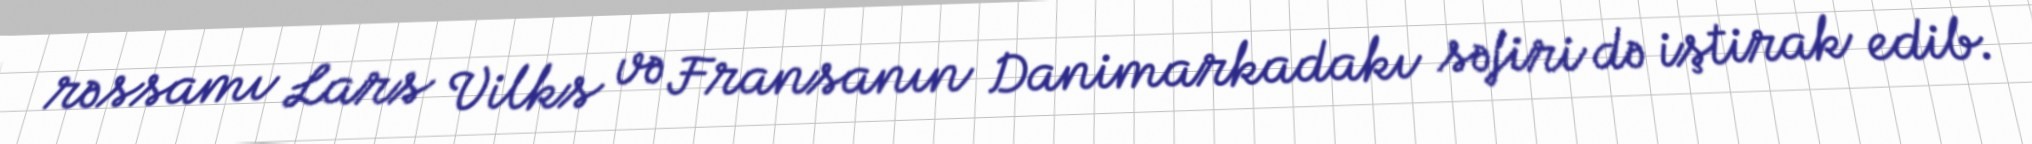
rəssamı Lars Vilks və Fransanın Danimarkadakı səfiri də iştirak edib.